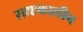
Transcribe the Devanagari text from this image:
सद्यःकालीन